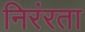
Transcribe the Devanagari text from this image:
निरंरता